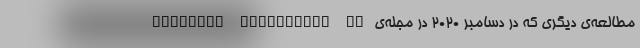
مطالعه‌ی دیگری که در دسامبر ۲۰۲۰ در مجله‌ی Clinical Infectious Di